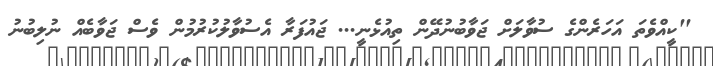
''ކީއްވެތަ އަހަރެންގެ ސުވާލަށް ޖަވާބުނުދޭން ތިއުޅެނީ... ޖައުފަރާ އެސުވާލުކުރުމުން ވެސް ޖަވާބެއް ނުލިބުނު